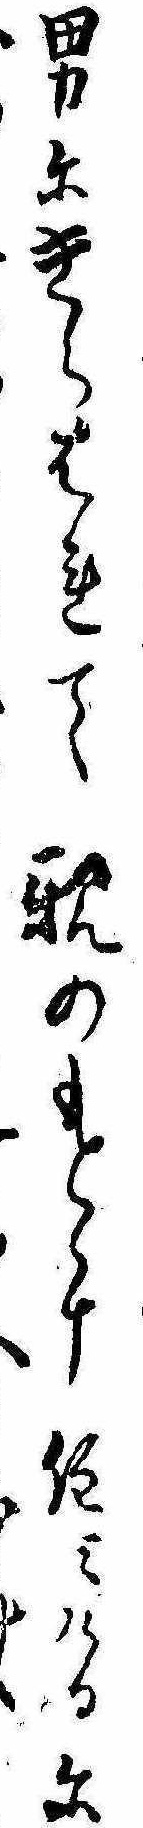
男にきらはれて親のもとに住みけるにゝ